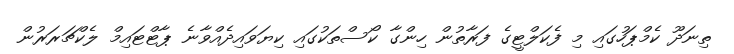
ތިނަދޫ ކެމްޕަހުގައި މި ފެކަލްޓީގެ ފަރާތުން ހިންގާ ކޯސްތަކުގައި ކިޔަވައިދެއްވާނެ ޕާޓްޓައިމް ލެކްޗަރަރުން